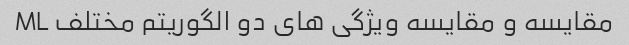
مقایسه و مقایسه ویژگی های دو الگوریتم مختلف ML